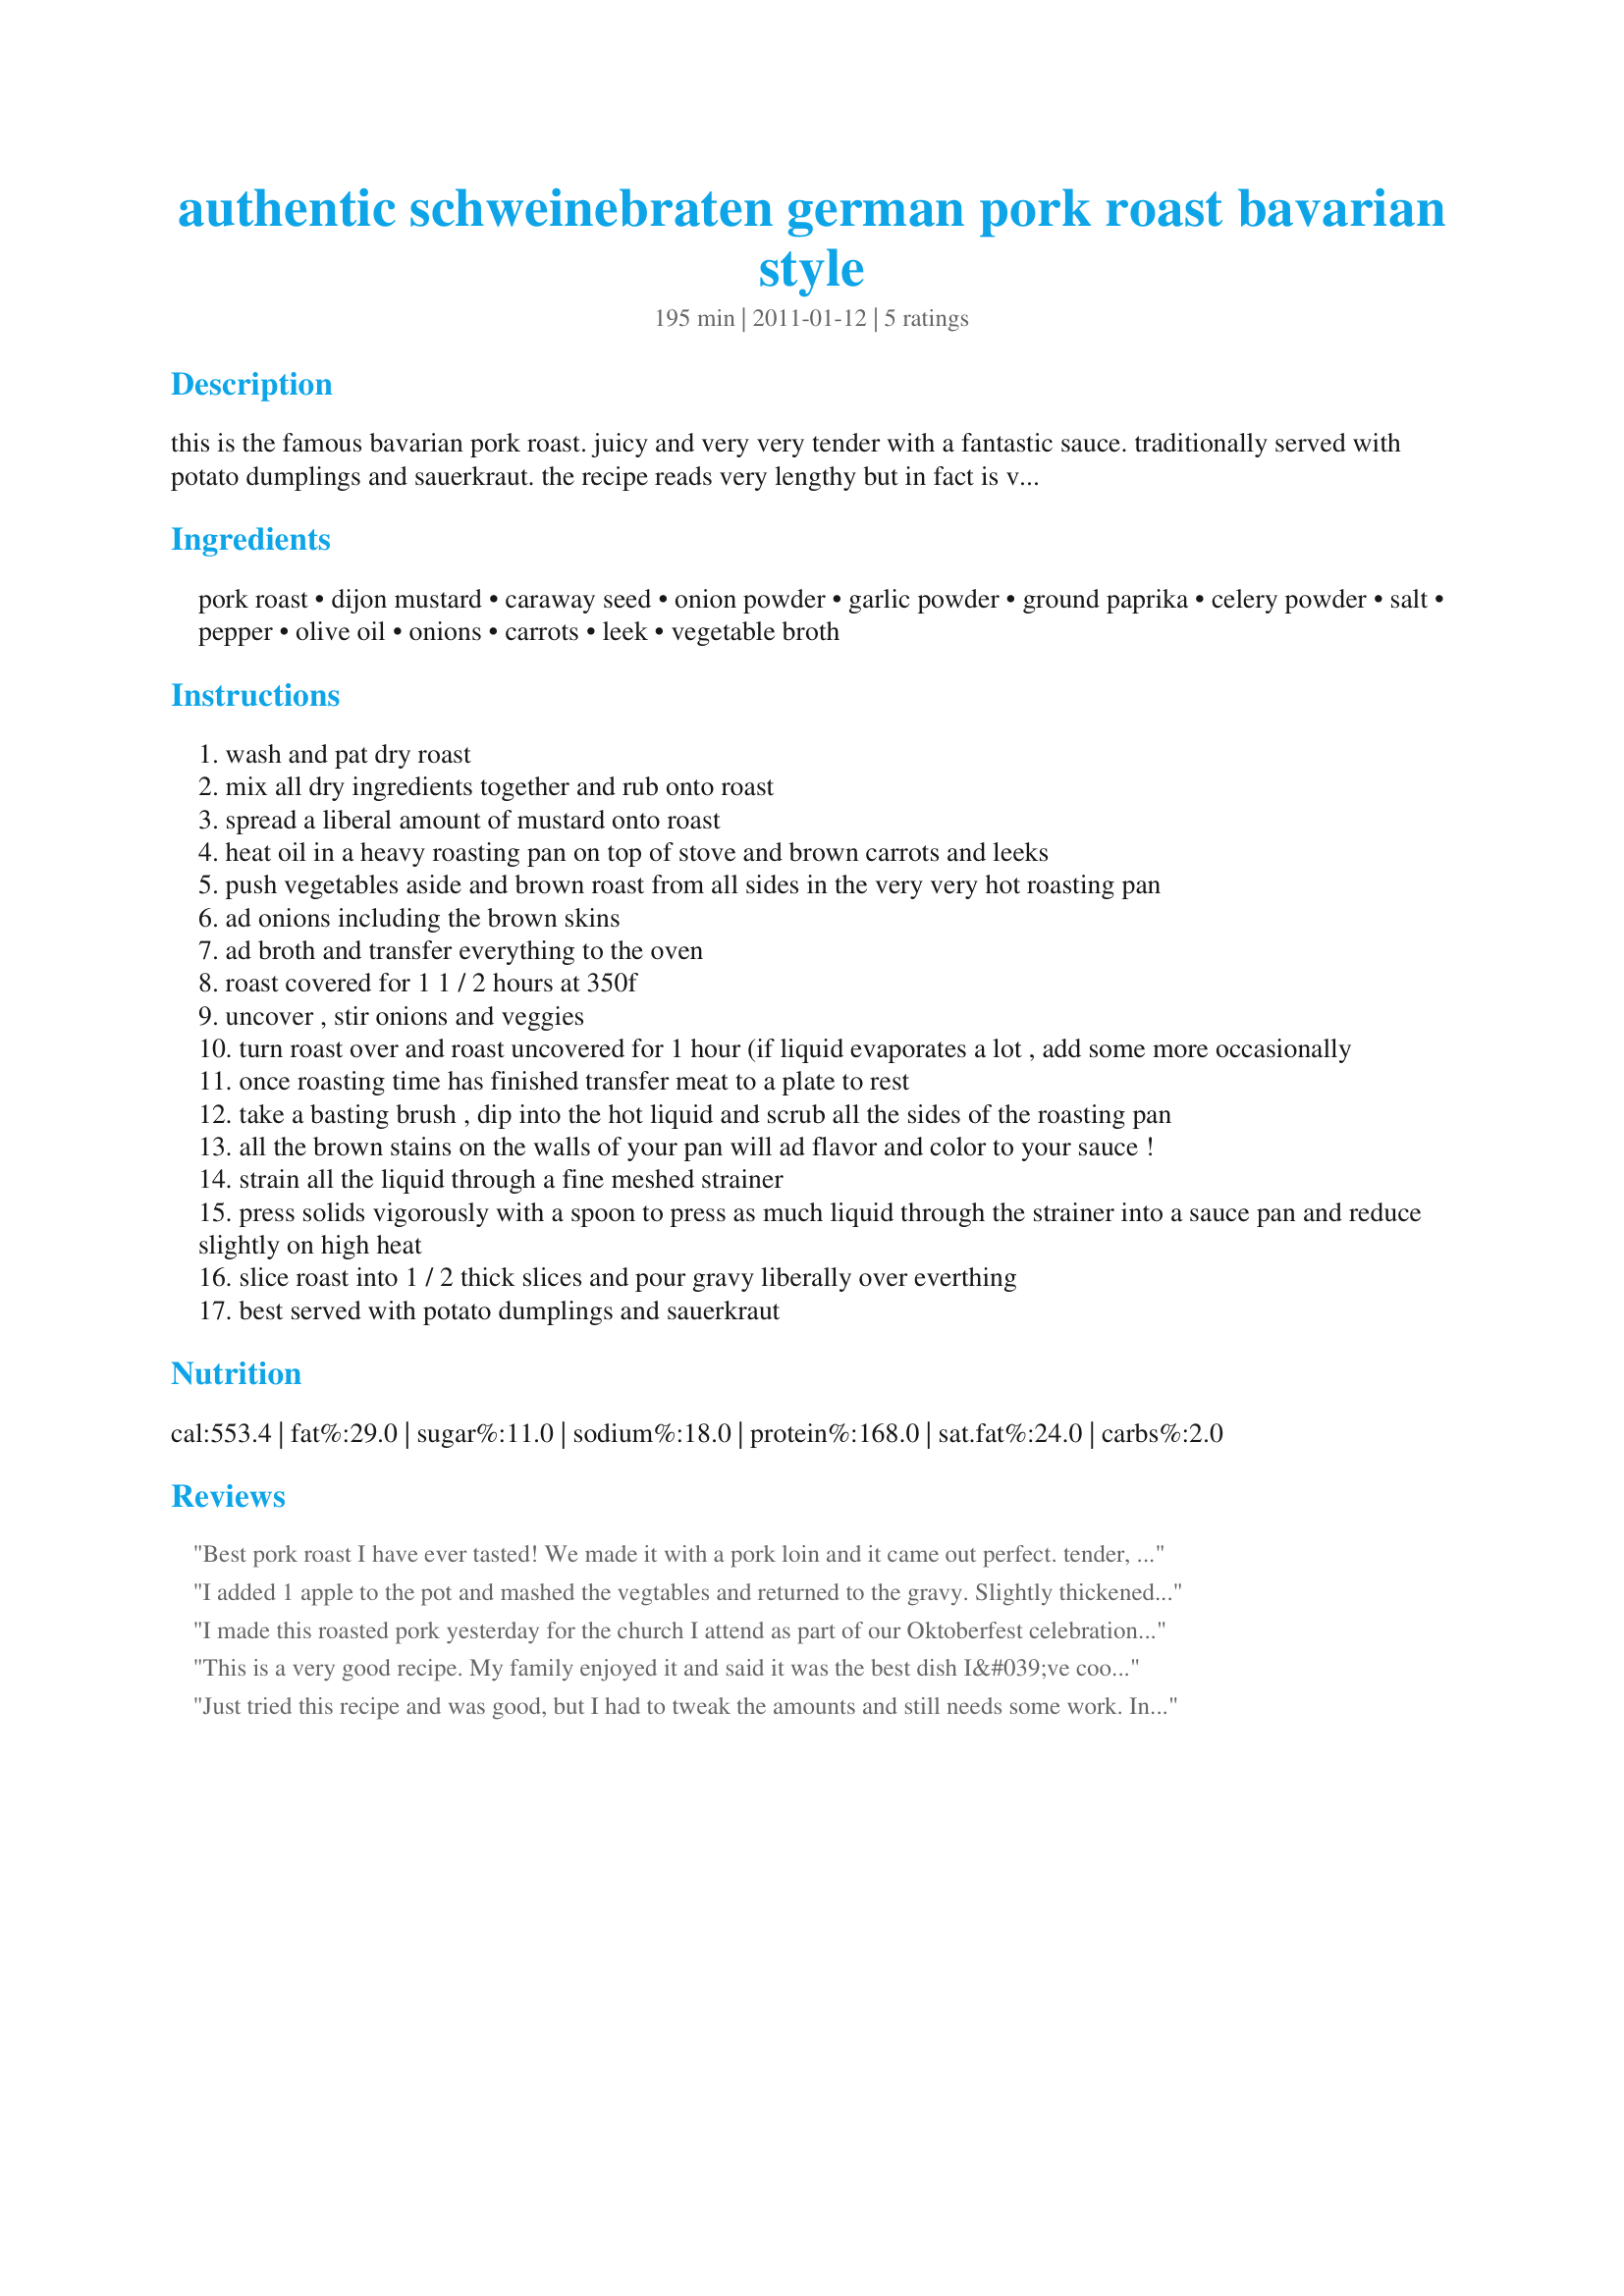
authentic schweinebraten german pork roast bavarian style
Preparation time: 195 minutes

this is the famous bavarian pork roast. juicy and very very tender with a fantastic sauce. traditionally served with potato dumplings and sauerkraut.
the recipe reads very lengthy but in fact is very simple and easy to make.

Ingredients:
pork roast, dijon mustard, caraway seed, onion powder, garlic powder, ground paprika, celery powder, salt, pepper, olive oil, onions, carrots, leek, vegetable broth

Steps:
wash and pat dry roast
mix all dry ingredients together and rub onto roast
spread a liberal amount of mustard onto roast
heat oil in a heavy roasting pan on top of stove and brown carrots and leeks
push vegetables aside and brown roast from all sides in the very very hot roasting pan
ad onions including the brown skins
ad broth and transfer everything to the oven
roast covered for 1 1 / 2 hours at 350f
uncover , stir onions and veggies
turn roast over and roast uncovered for 1 hour (if liquid evaporates a lot , add some more occasionally
once roasting time has finished transfer meat to a plate to rest
take a basting brush , dip into the hot liquid and scrub all the sides of the roasting pan
all the brown stains on the walls of your pan will ad flavor and color to your sauce !
strain all the liquid through a fine meshed strainer
press solids vigorously with a spoon to press as much liquid through the strainer into a sauce pan and reduce slightly on high heat
slice roast into 1 / 2 thick slices and pour gravy liberally over everthing
best served with potato dumplings and sauerkraut

Reviews:
Best pork roast I have ever tasted! We made it with a pork loin and it came out perfect. tender, juicy and full of flavor. Leftovers went onto rye bread with hot German mustard. I couldn&#039;t stop eating them!
I added 1 apple to the pot and mashed the vegtables and returned to the gravy. Slightly thickened with cornstarch. Would like to try juniper berrys just to see the outcome.
I made this roasted pork yesterday for the church I attend as part of our Oktoberfest celebration. It is an easy recipe to follow and the results were outstanding. I actually cooked enough pork for 80 - 100 people and received many compliments. This recipe is a winner and I know I will be making it again very soon.
This is a very good recipe. My family enjoyed it and said it was the best dish I&#039;ve cooked so far. I used celery seeds and onion salt instead of Onion powder and celery powder since it&#039;s hard to get them in AUS (well at least where I live).
Just tried this recipe and was good, but I had to tweak the amounts and still needs some work. Instead of 1/4 teaspoon for the dry ingredients, increase to a whole teaspoon, and the salt increase to 2 or 3 teaspoins.
